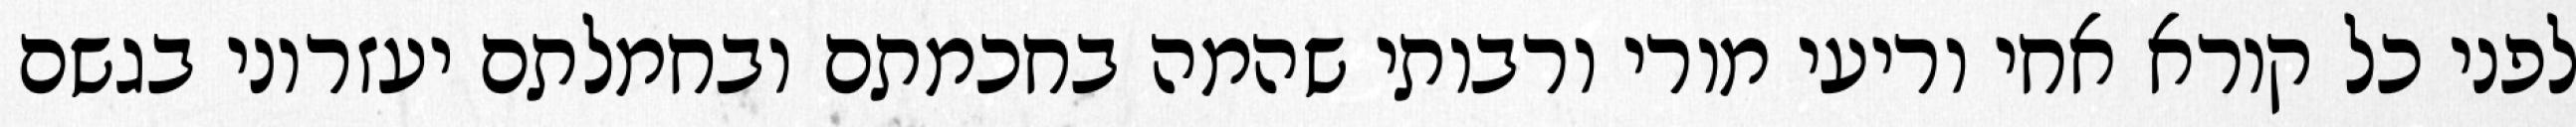
לפני כל קורא אחי וריעי מורי ורבותי שהמה בחכמתם ובחמלתם יעזרוני בגשם